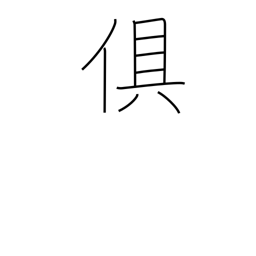
Meaning: accompany